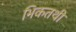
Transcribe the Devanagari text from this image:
भिकतथी